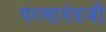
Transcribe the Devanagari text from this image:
परमानंदजी